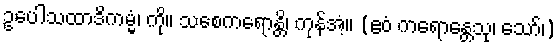
ဥပေါသထာဒိကမ္မံ၊ ကို။ သစေကရောန္တိ၊ ကုန်အံ့။ (ဧဝံ ကရောန္တေသု၊ သော်၊)